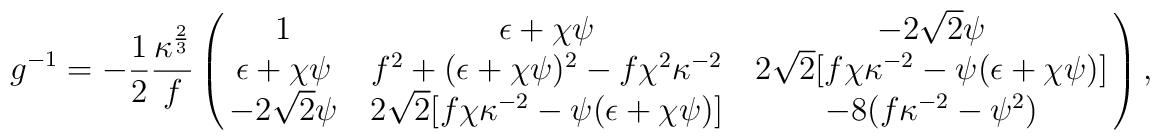
g^{-1}=-{1\over 2}{\kappa^{2\over 3}\over f}\pmatrix {1&\epsilon +\chi\psi&-2\sqrt2\psi\cr\epsilon +\chi\psi&f^2+(\epsilon +\chi\psi)^2-f\chi^2\kappa^{-2}&2\sqrt2[f\chi\kappa^{-2} - \psi(\epsilon +\chi\psi)]\cr-2\sqrt2\psi&2\sqrt2[f\chi\kappa^{-2} -\psi(\epsilon +\chi\psi)]&-8(f\kappa^{-2} -\psi^2)\cr},